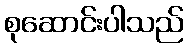
စုဆောင်းပါသည်